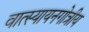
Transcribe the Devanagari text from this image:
वात्स्यायनगोत्रीय